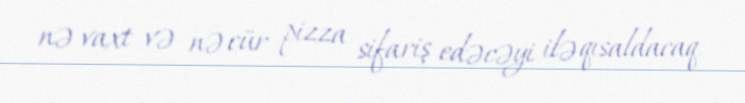
nə vaxt və nə cür pizza sifariş edəcəyi ilə qısaldacaq.